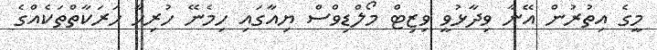
މީގެ އިތުރުން އޭނާ ވިދާޅުވީ ވިޒިޓް މޯލްޑިވްސް ޔިއާގައި ހިމެނޭ ހުރިހާ ހަރަކާތްތަކެއްގެ